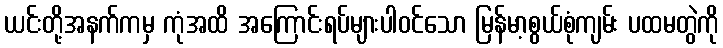
ယင်းတို့အနက်ကမှ ကုံအထိ အကြောင်းရပ်များပါဝင်သော မြန်မာ့စွယ်စုံကျမ်း ပထမတွဲကို